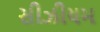
સીઝીયમ